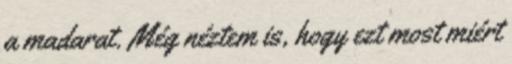
a madarat. Még néztem is, hogy ezt most miért